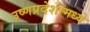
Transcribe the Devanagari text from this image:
उष्णप्रदेशामध्ये